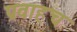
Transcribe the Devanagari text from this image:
प्रवाहच